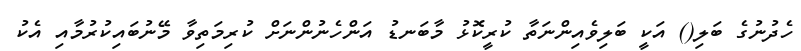
ހެދުނުގެ ބަލި() އަކީ ބަލިވެއިންނަތާ ކުރީކޮޅު މާބަނޑު އަންހެނުންނަށް ކުރިމަތިވާ މޭނުބައިކުރުމާއި އެކު